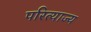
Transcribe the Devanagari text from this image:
परित्याज्य